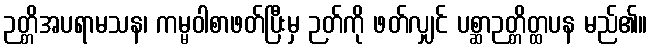
ဉတ္တိအပရာမသန၊ ကမ္မဝါစာဖတ်ပြီးမှ ဉတ်ကို ဖတ်လျှင် ပစ္ဆာဉတ္တိတ္ထပန မည်၏။